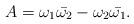
LaTeX: \begin{align*}A=\omega_1\bar{\omega_2}-\omega_2\bar{\omega_1}.\end{align*}